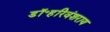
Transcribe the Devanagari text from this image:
डॉ॰हरिवंशराय